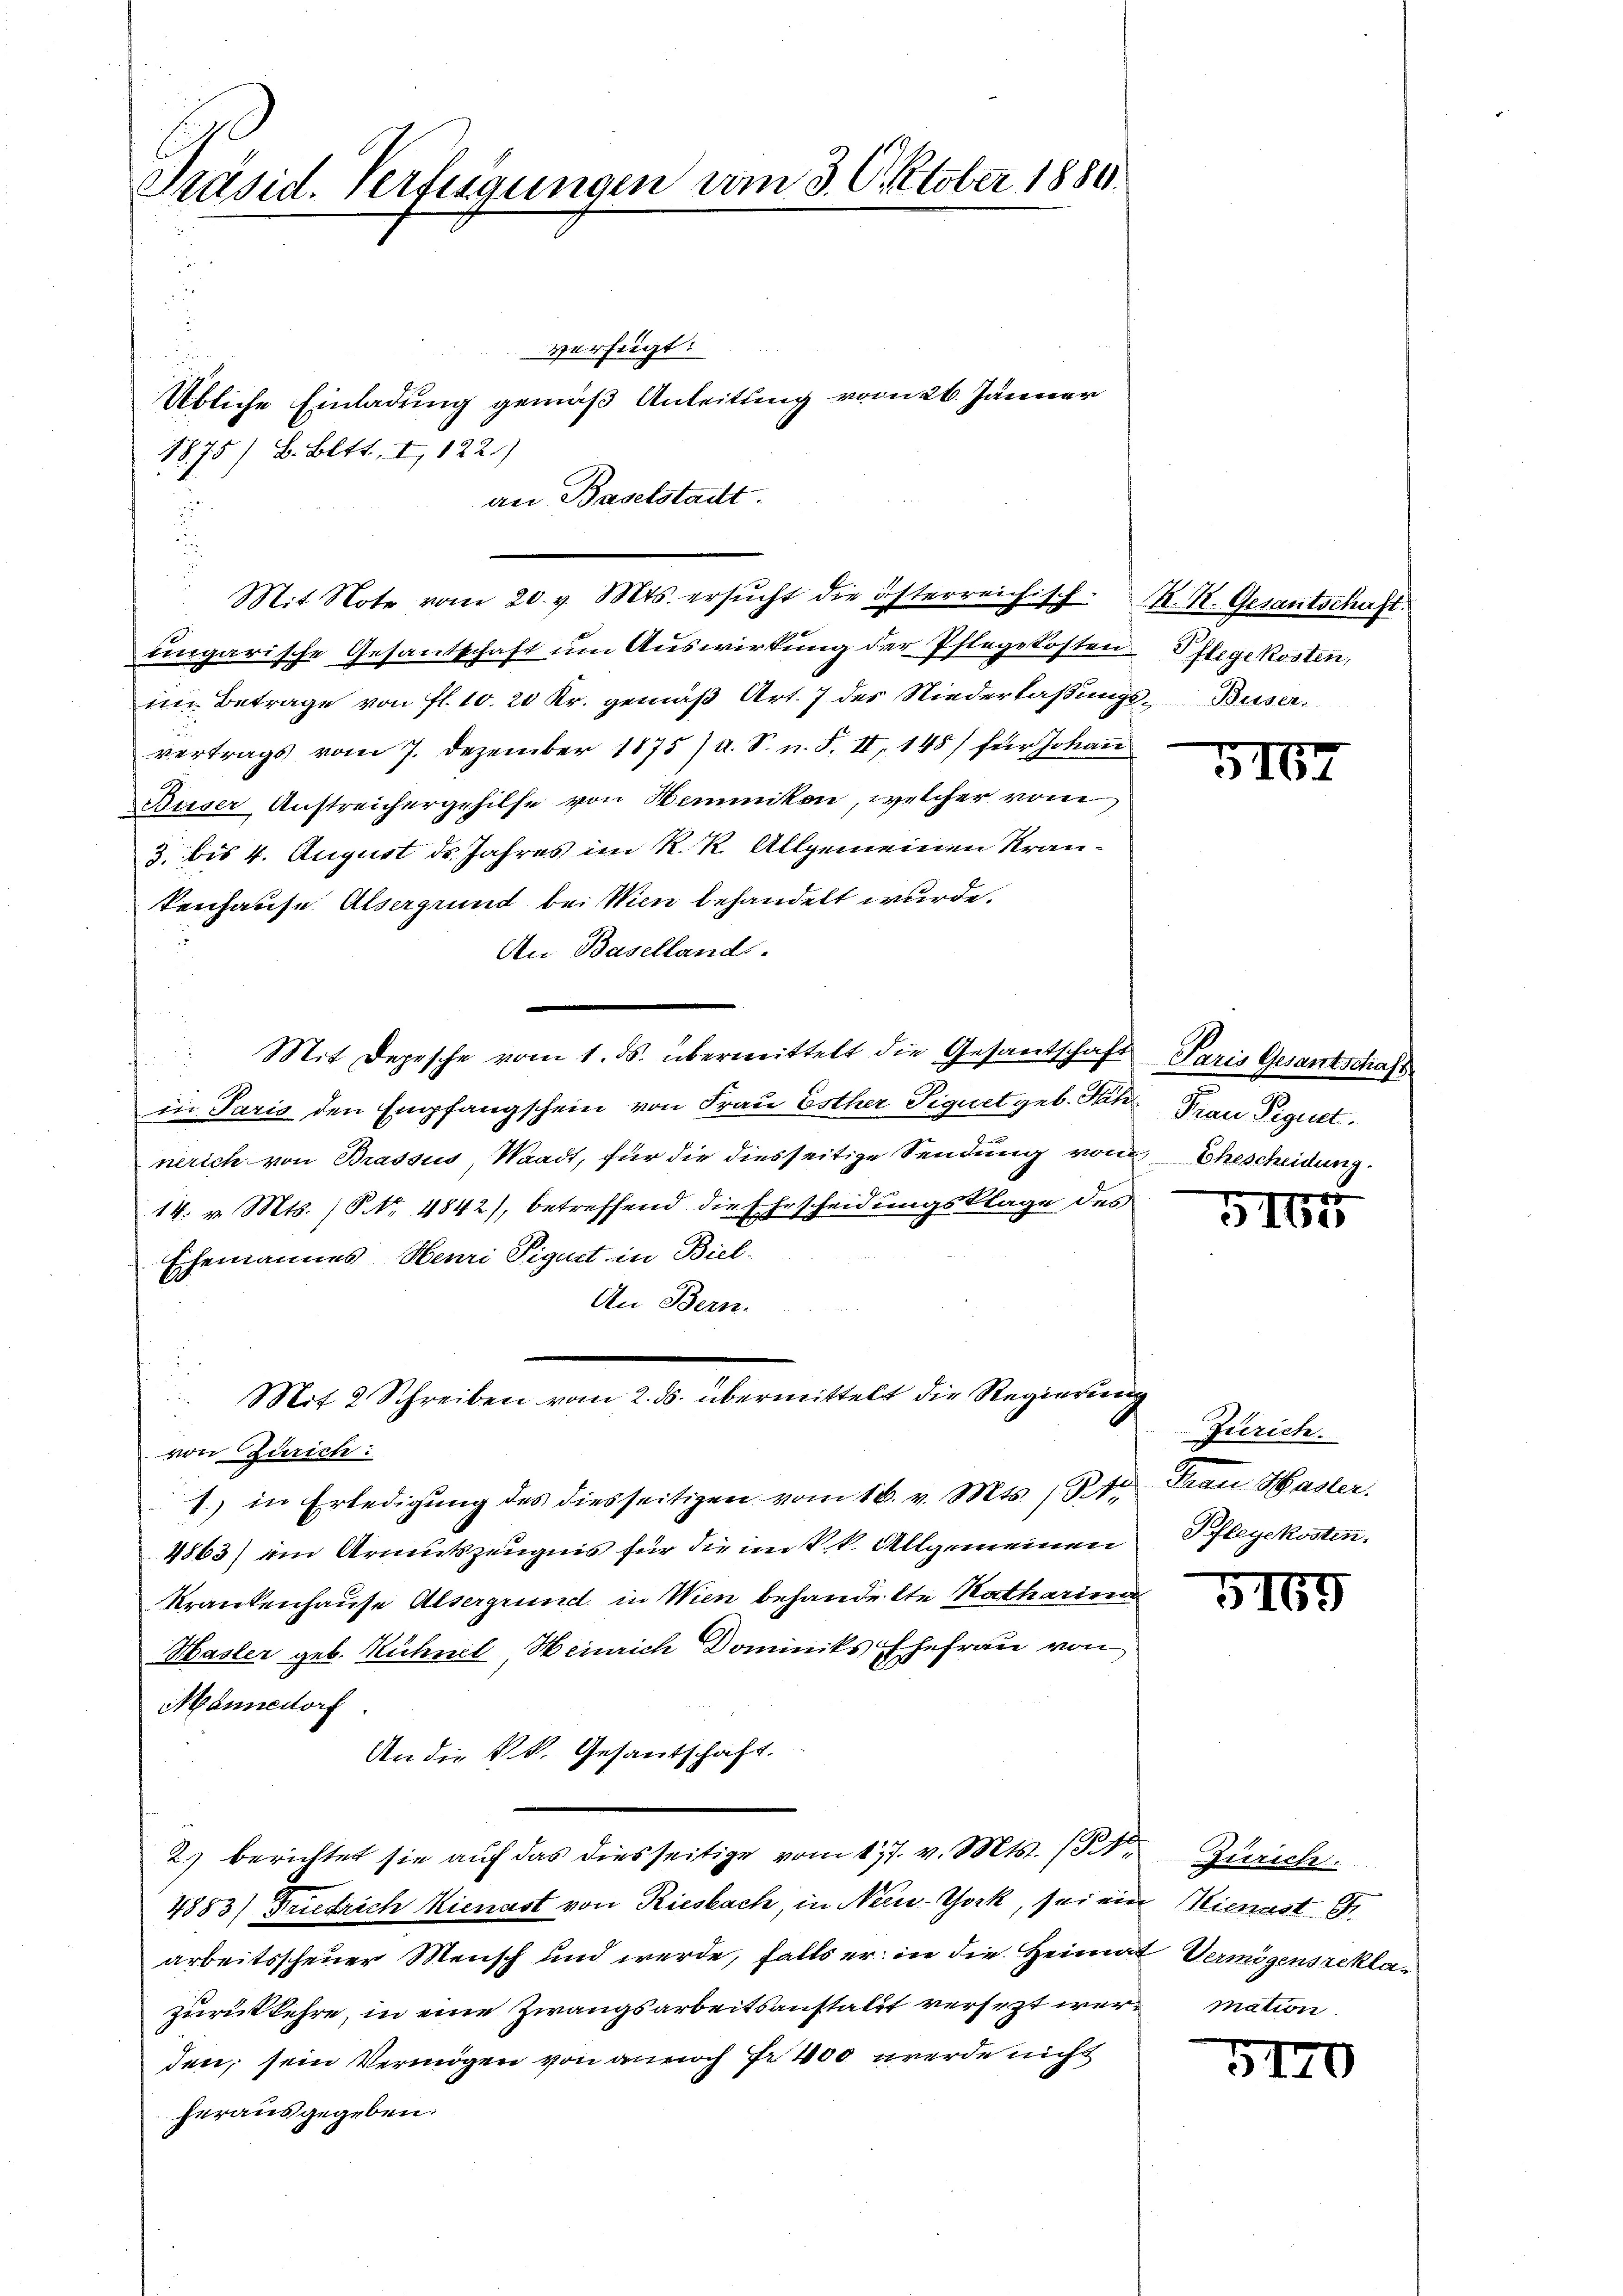
Präsid. Verfügungen vom 3. Oktober 1880.

u
verfügt:
Übliche Einladung gemäß Anleitung vom 26. Jänner
an Baselstailt.
2
s
ungarische Gesantschaft um Auswirkung der Pflegekosten
im Betrage von fl. 10. 20 Kr. gemäβ Art. 7 des Niederfaßungs- Buser
vertrags vom 7. Dezember 1875) u. S. n. F. II, 148) für Johann
Busser Austreichergehilfe von Nominikon, welcher vom
3. bis 4. August ds. Jahres im R. R. Allgemeinen Krankenhause. Alsergrund bei Wien behandelt wurde.
An Baselland.
Mit Depesche vom 1. ds. übermittelt die Gesandschaft
in Paris den Empfangschein von Frau Esther Piquet geb. Fahr Frau Pignet.
nerich von Brassus Waadt, für die diesseitige Sendung von Ehescheidung
14. v. Mts. (S. 4842), betreffend die Ehescheidungsklage des
Ehemannes Henri Pignet in Biel-
An Bern.....
Mit 2 Schreiben vom 2. ds. übermittelt die Regierung
von Zürich:
1) in Erledigung des diesseitigen vom 16. v. Mts. 1 St
4863) ein Armutszeugnis für die im k.k. Allgemeinen
Krankenhause Alsergrund in Wien behandelte Katharina
Hasler geb. Hühnel, Heinrich Dominiks Ehefrau von
Männedorf.
An die k.k. Gesandschaft.
2) berichtet sie auf das diesseitige vom 17. v. Mts. (3. Zürich
4883) Friedrich Kienast von Riesbach, in New-York, sei ein Mienast. S
arbeitsscheuer Mensch und werde, falls er in die Heimat Vermögensreklazurückkehre, in eine Zwangsarbeitsanstalt versezt wer mation
den, sein Vermögen von annoch Fr. 400 werde nicht
herausgegeben.

1875/ B. Bett. I, 122.)

Mit Note vom 20. v. Mts. ersŭcht die österreichisch K. K. Gesantschaft.

Pflegekosten,

5167

Paris Gesantschaft.

8
GIbe

Zürich.
Frau Master.
Pflegekosten.

5169

5140